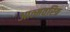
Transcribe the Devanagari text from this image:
आत्मवरित्र